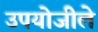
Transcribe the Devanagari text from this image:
उपयोजीले